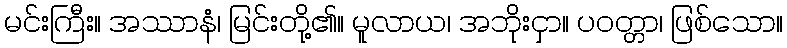
မင်းကြီး။ အဿာနံ၊ မြင်းတို့၏။ မူလာယ၊ အဘိုးငှာ။ ပဝတ္တာ၊ ဖြစ်သော။